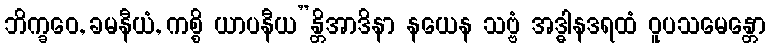
ဘိက္ခဝေ, ခမနီယံ, ကစ္စိ ယာပနီယ”န္တိအာဒိနာ နယေန သဗ္ဗံ အဒ္ဓါနဒရထံ ဝူပသမေန္တော